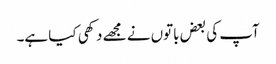
آپ کی بعض باتوں نے مجھے دکھی کیا ہے۔